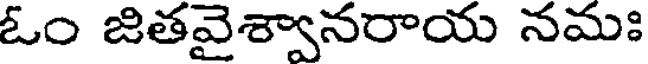
ఓం జితవైశ్వానరాయ నమః